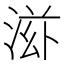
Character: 𬇿